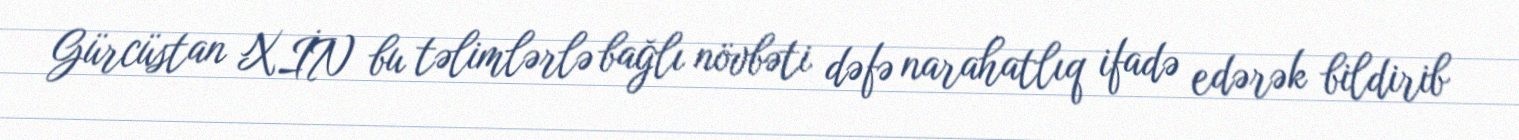
Gürcüstan XİN bu təlimlərlə bağlı növbəti dəfə narahatlıq ifadə edərək bildirib